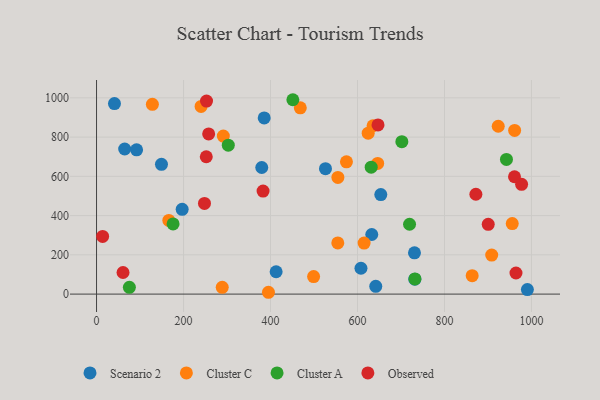
{"axis": {"x": "Ad Spend", "y": "Exam Score"}, "legend": ["Cluster A", "Cluster C", "Observed", "Scenario 2"], "data": [{"x": "653.6", "y": 507.1, "type": "Scenario 2"}, {"x": "526.4", "y": 639.1, "type": "Scenario 2"}, {"x": "642.0", "y": 39.7, "type": "Scenario 2"}, {"x": "196.9", "y": 431.8, "type": "Scenario 2"}, {"x": "608.0", "y": 131.7, "type": "Scenario 2"}, {"x": "379.9", "y": 645.0, "type": "Scenario 2"}, {"x": "990.6", "y": 23.0, "type": "Scenario 2"}, {"x": "385.5", "y": 897.5, "type": "Scenario 2"}, {"x": "731.0", "y": 210.1, "type": "Scenario 2"}, {"x": "731.8", "y": 76.1, "type": "Scenario 2"}, {"x": "412.9", "y": 114.0, "type": "Scenario 2"}, {"x": "149.3", "y": 661.0, "type": "Scenario 2"}, {"x": "64.7", "y": 739.4, "type": "Scenario 2"}, {"x": "632.8", "y": 303.6, "type": "Scenario 2"}, {"x": "92.1", "y": 735.1, "type": "Scenario 2"}, {"x": "41.2", "y": 971.0, "type": "Scenario 2"}, {"x": "554.7", "y": 261.0, "type": "Cluster C"}, {"x": "863.7", "y": 93.8, "type": "Cluster C"}, {"x": "955.8", "y": 359.3, "type": "Cluster C"}, {"x": "635.8", "y": 857.7, "type": "Cluster C"}, {"x": "395.3", "y": 9.3, "type": "Cluster C"}, {"x": "468.5", "y": 949.1, "type": "Cluster C"}, {"x": "574.6", "y": 673.9, "type": "Cluster C"}, {"x": "289.0", "y": 34.4, "type": "Cluster C"}, {"x": "646.4", "y": 665.6, "type": "Cluster C"}, {"x": "554.9", "y": 594.6, "type": "Cluster C"}, {"x": "291.5", "y": 805.3, "type": "Cluster C"}, {"x": "908.6", "y": 198.6, "type": "Cluster C"}, {"x": "961.3", "y": 834.1, "type": "Cluster C"}, {"x": "499.1", "y": 89.2, "type": "Cluster C"}, {"x": "923.6", "y": 855.3, "type": "Cluster C"}, {"x": "166.2", "y": 375.2, "type": "Cluster C"}, {"x": "615.2", "y": 259.8, "type": "Cluster C"}, {"x": "624.6", "y": 819.9, "type": "Cluster C"}, {"x": "240.4", "y": 956.5, "type": "Cluster C"}, {"x": "128.4", "y": 967.2, "type": "Cluster C"}, {"x": "719.7", "y": 356.0, "type": "Cluster A"}, {"x": "942.5", "y": 686.3, "type": "Cluster A"}, {"x": "631.5", "y": 646.5, "type": "Cluster A"}, {"x": "302.9", "y": 759.0, "type": "Cluster A"}, {"x": "702.0", "y": 776.8, "type": "Cluster A"}, {"x": "732.1", "y": 77.4, "type": "Cluster A"}, {"x": "176.0", "y": 357.8, "type": "Cluster A"}, {"x": "75.5", "y": 34.5, "type": "Cluster A"}, {"x": "451.4", "y": 990.4, "type": "Cluster A"}, {"x": "252.3", "y": 699.8, "type": "Observed"}, {"x": "977.3", "y": 559.1, "type": "Observed"}, {"x": "382.9", "y": 524.9, "type": "Observed"}, {"x": "14.0", "y": 294.0, "type": "Observed"}, {"x": "252.9", "y": 983.3, "type": "Observed"}, {"x": "964.4", "y": 107.6, "type": "Observed"}, {"x": "900.6", "y": 355.3, "type": "Observed"}, {"x": "961.0", "y": 597.9, "type": "Observed"}, {"x": "647.2", "y": 861.8, "type": "Observed"}, {"x": "872.2", "y": 508.7, "type": "Observed"}, {"x": "257.8", "y": 816.3, "type": "Observed"}, {"x": "60.9", "y": 110.0, "type": "Observed"}, {"x": "248.2", "y": 461.8, "type": "Observed"}]}